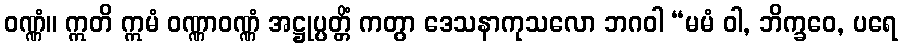
ဝဏ္ဏံ။ ဣတိ ဣမံ ဝဏ္ဏာဝဏ္ဏံ အဋ္ဌုပ္ပတ္တိံ ကတွာ ဒေသနာကုသလော ဘဂဝါ “မမံ ဝါ, ဘိက္ခဝေ, ပရေ